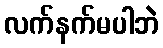
လက်နက်မပါဘဲ